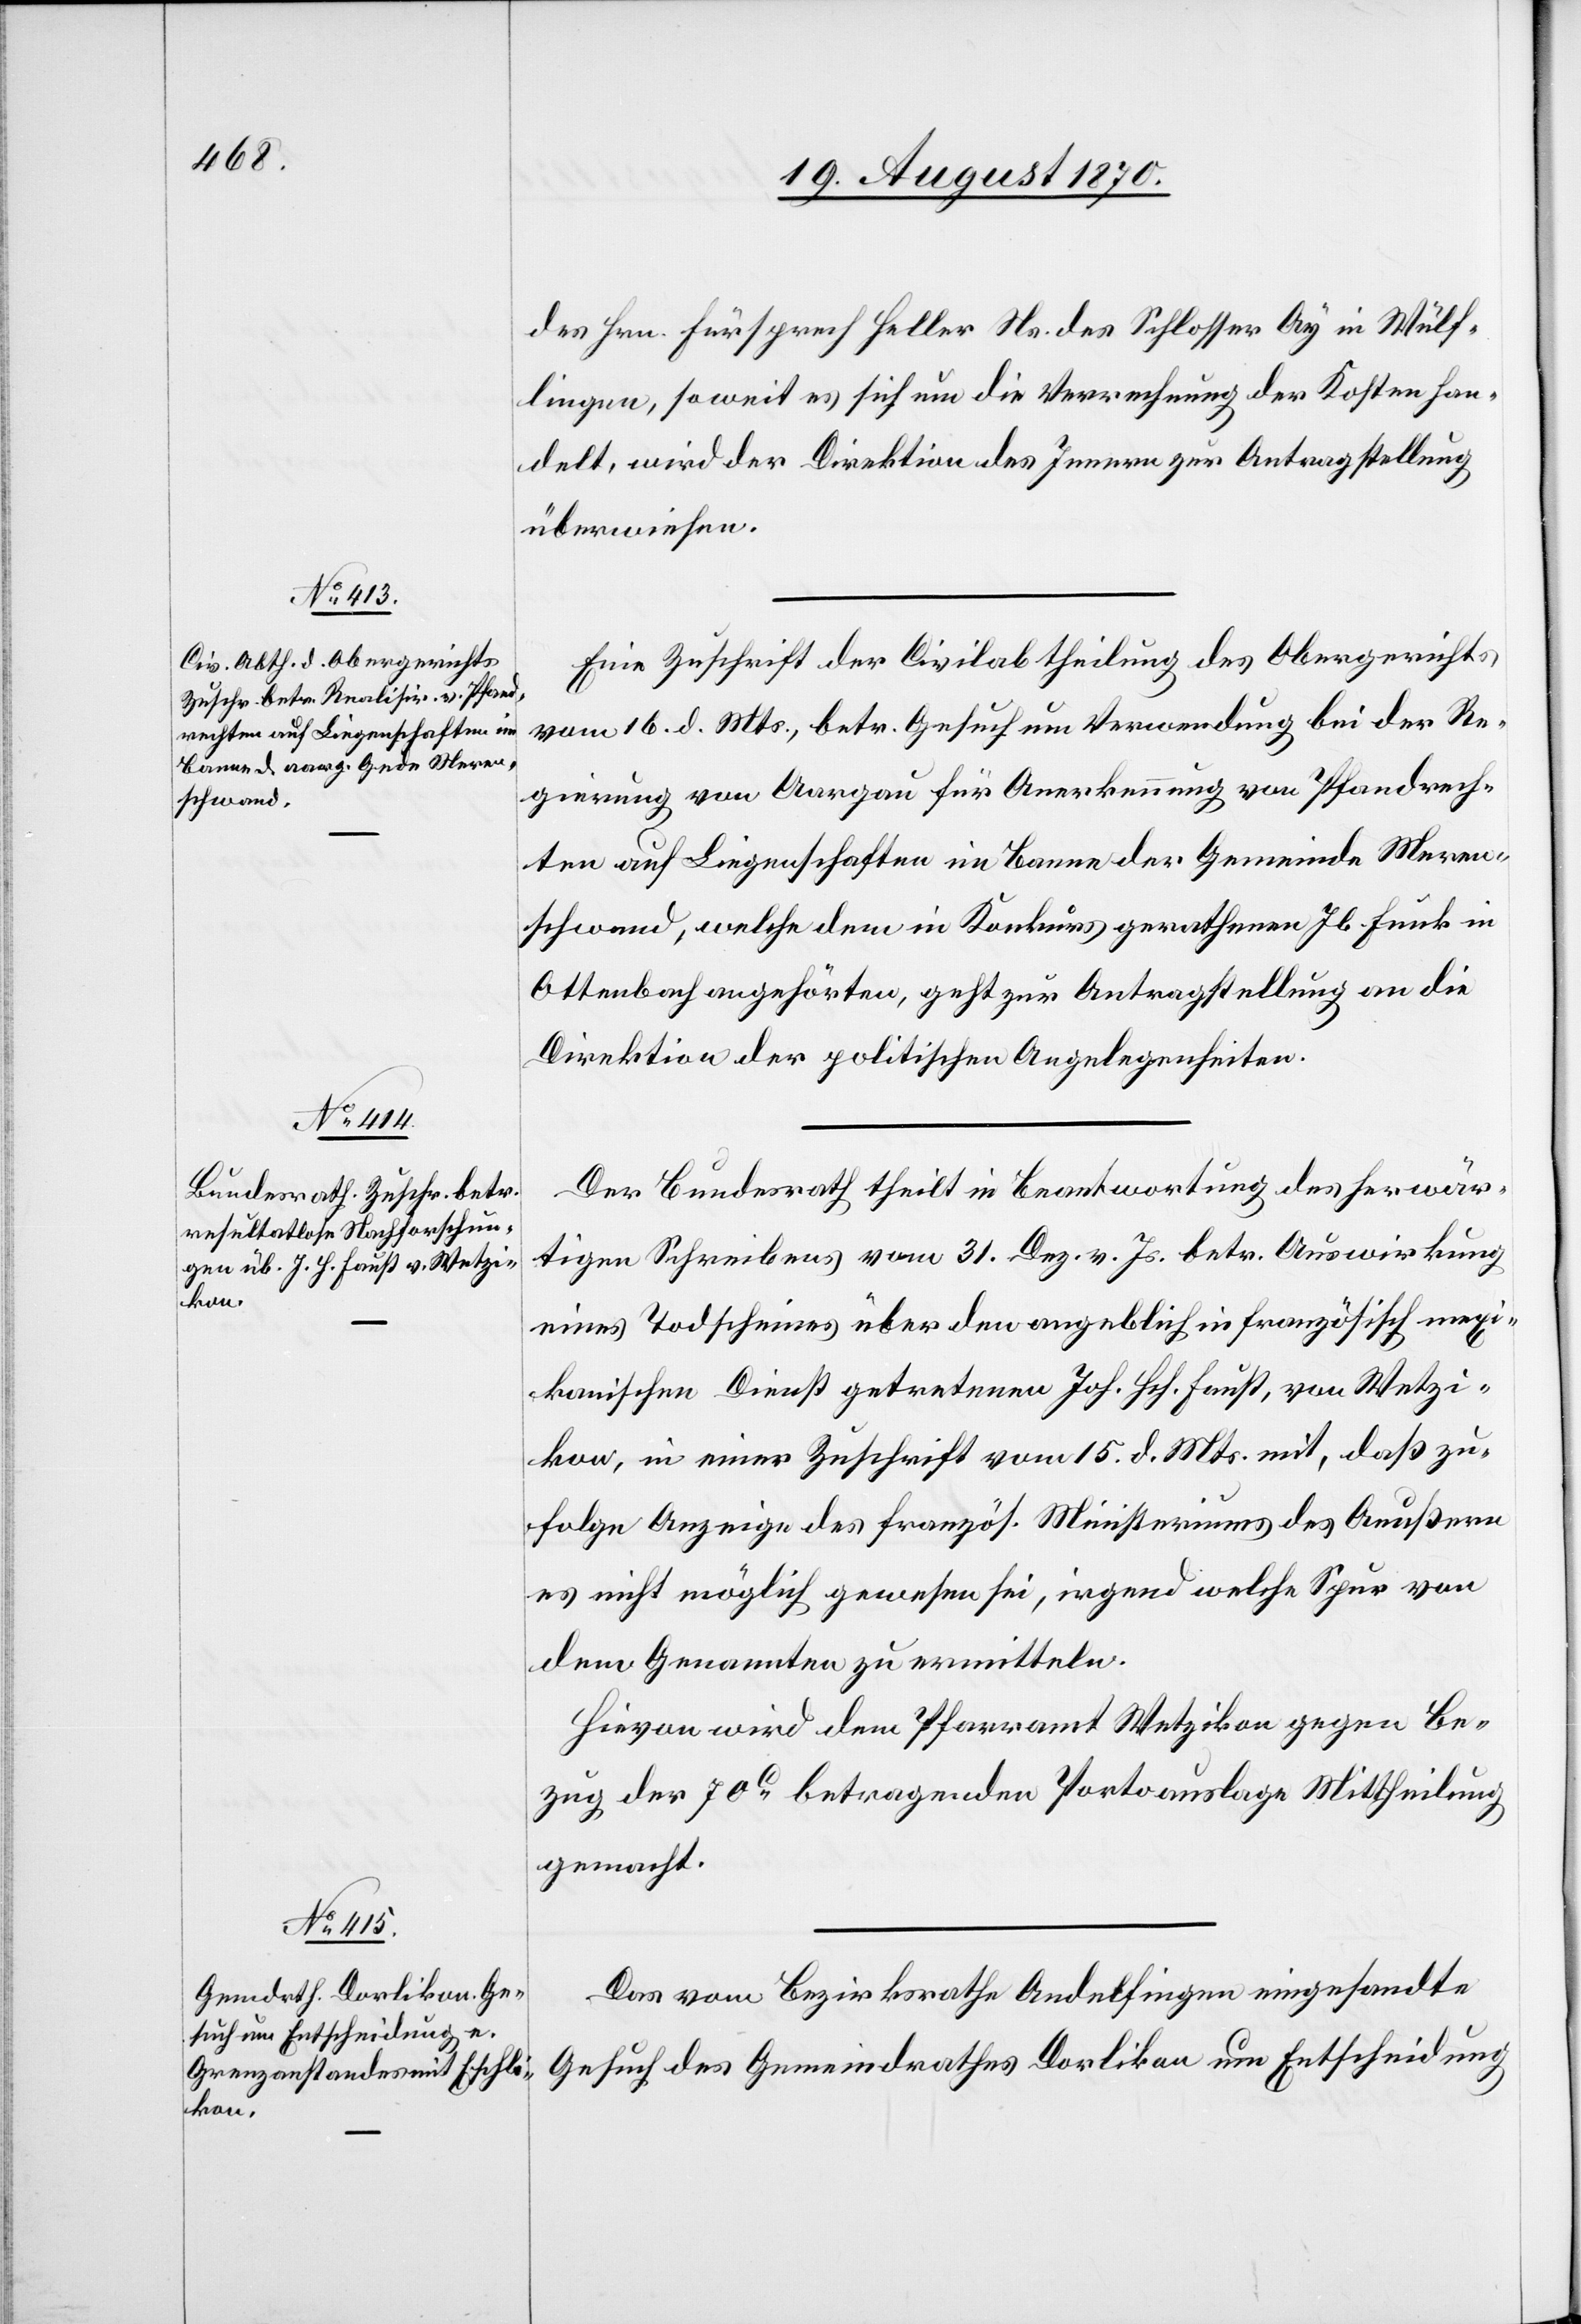
19. August 1870.]
des Hrn. Fürsprech Heller Ns. des Schlosser Ay in Wülf¬
lingen, soweit es sich um die Verrechnung der Kosten han¬
delt, wird der Direktion des Innern zur Antragstellung
überwiesen.
Eine Zuschrift der Civilabtheilung des Obergerichtes
vom 16. d. Mts., betr. Gesuch um Verwendung bei der Re¬
gierung von Aargau für Anerkennung von Pfandrech¬
ten auf Liegenschaften im Banne der Gemeinde Meren¬
schwand, welche dem in Konkurs gerathenen Jb. Funk in
Ottenbach angehörten, geht zur Antragstellung an die
Direktion der politischen Angelegenheiten.
Der Bundesrath theilt in Beantwortung des herwär¬
tigen Schreibens vom 31. Dez. v. Js. betr. Auswirkung
eines Todscheines über den angeblich in französisch mexi¬
kanischen Dienst getretenen Joh. Hch. Faust, von Wetzi¬
kon, in einer Zuschrift vom 15. d. Mts. mit, daß zu¬
folge Anzeige des französ. Ministeriums des Aeußern
es nicht möglich gewesen sei, irgend welche Spur von
dem Genannten zu ermitteln.
Hievon wird dem Pfarramt Wetzikon gegen Be¬
zug der 70c betragenden Portoauslage Mittheilung
gemacht.
Das vom Bezirksrathe Andelfingen eingesandte
Gesuch des Gemeindrathes Dorlikon um Entscheidung